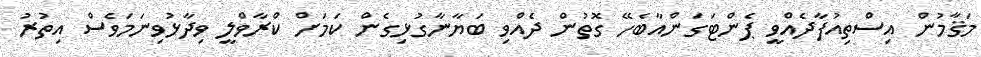
މަޤާމުން އިސްތިއުފާދެއްވީ ޕެންޓަގަންއާބެހޭ ގޮތުން ދެއްވި ބަޔާނާގުޅިގެން ކަމަށް ކްރާވްލީ ވިދާޅުވިނަމަވެސް އިތުރު